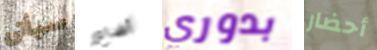
سيأتى أضاع بدوري أحضار